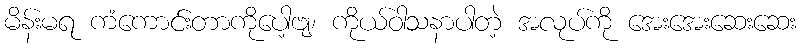
မိန်းမရ ကံကောင်းတာကိုပေါ့ဗျ၊ ကိုယ်ဝါသနာပါတဲ့ အလုပ်ကို အေးအေးဆေးဆေး